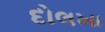
દોલખા